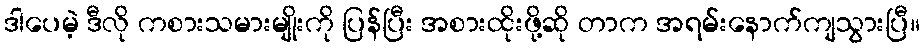
ဒါပေမဲ့ ဒီလို ကစားသမားမျိုးကို ပြန်ပြီး အစားထိုးဖို့ဆို တာက အရမ်းနောက်ကျသွားပြီ။